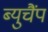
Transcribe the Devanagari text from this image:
ब्युचैंप